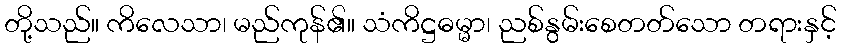
တို့သည်။ ကိလေသာ၊ မည်ကုန်၏။ သံကိဋ္ဌဓမ္မာ၊ ညစ်နွမ်းစေတတ်သော တရားနှင့်